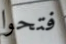
فتحوا